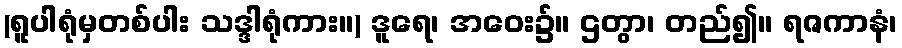
(ရူပါရုံမှတစ်ပါး သဒ္ဒါရုံကား။) ဒူရေ၊ အဝေး၌။ ဌတွာ၊ တည်၍။ ရဇကာနံ၊